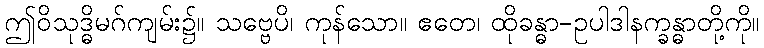
ဤဝိသုဒ္ဓိမဂ်ကျမ်း၌။ သဗ္ဗေပိ၊ ကုန်သော။ ဧတေ၊ ထိုခန္ဓာ-ဥပါဒါနက္ခန္ဓာတို့ကို။